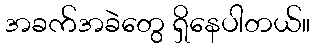
အခက်အခဲတွေ ရှိနေပါတယ်။